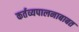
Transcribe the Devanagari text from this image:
कर्तव्यपालनाबाबत